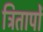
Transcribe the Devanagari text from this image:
त्रितापों